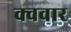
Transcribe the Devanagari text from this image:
क्ववार